画像に写った文字を読んでください
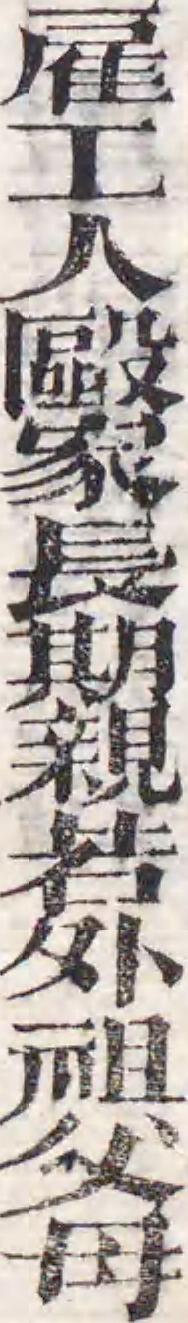
「雇工人毆家長期親若外祖父母」と書いてあります